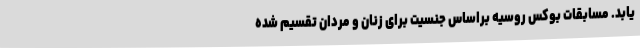
‌یابد. مسابقات بوکس روسیه براساس جنسیت برای زنان و مردان تقسیم شده